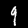
Digit: 9